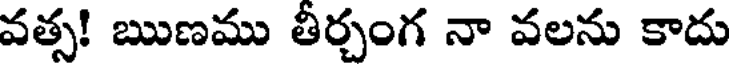
వత్స! ఋణము తీర్చంగ నా వలను కాదు